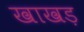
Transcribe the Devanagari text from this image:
खाखड़